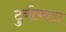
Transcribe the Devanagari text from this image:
टुनीकाटा